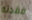
فقدته